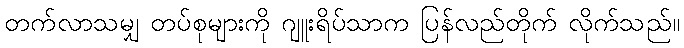
တက်လာသမျှ တပ်စုများကို ဂျူးရိပ်သာက ပြန်လည်တိုက် လိုက်သည်။